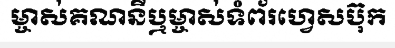
ម្ចាស់គណនីឬម្ចាស់ទំព័រហ្វេសប៊ុក